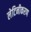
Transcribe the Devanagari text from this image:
लेटिनीकरण